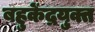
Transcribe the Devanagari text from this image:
बहुकेंद्रयुक्त